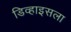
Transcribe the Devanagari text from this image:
डिव्हाइसला